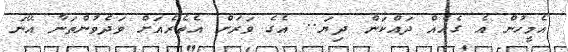
އެމީހުން އެ ގެއެއް ދައްކަން ދިޔަ.. އެގެ ވަރަށް އެތެރެއަށް ވަދެވުންތަނާ އޭނަ